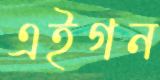
এইগন